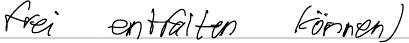
frei entfalten können)